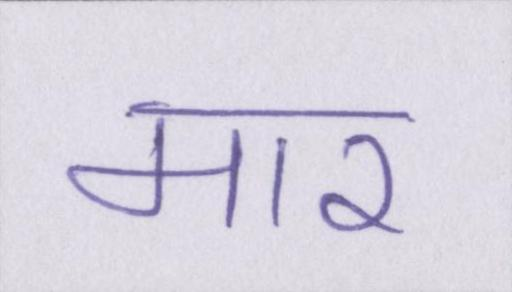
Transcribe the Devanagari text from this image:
मार